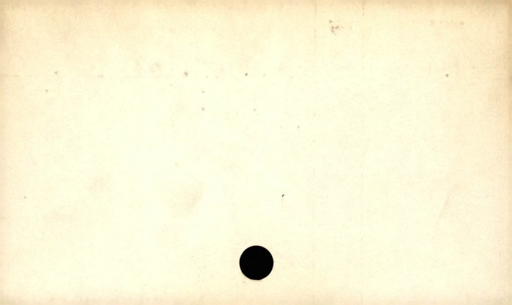
Label: blank